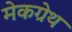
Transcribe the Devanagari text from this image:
मेकग्रेथ